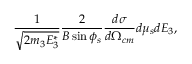
\frac { 1 } { \sqrt { 2 m _ { 3 } E _ { 3 } ^ { * } } } \frac { 2 } { B \sin \phi _ { s } } \frac { d \sigma } { d \Omega _ { c m } } d \mu _ { s } d E _ { 3 } ,